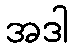
အဒါ